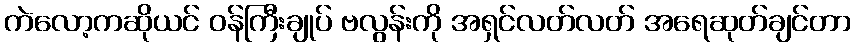
ကဲလော့ကဆိုယင် ဝန်ကြီးချုပ် ဗလွန်းကို အရှင်လတ်လတ် အရေဆုတ်ချင်တာ